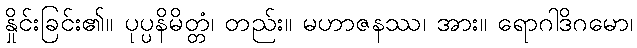
နှိုင်းခြင်း၏။ ပုပ္ပနိမိတ္တံ၊ တည်း။ မဟာဇနဿ၊ အား။ ရောဂါဒိဂမော၊